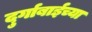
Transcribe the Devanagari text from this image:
दुर्गाबाईच्या